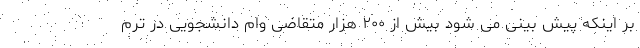
بر اینکه پیش بینی می شود بیش از ۲۰۰ هزار متقاضی وام دانشجویی در ترم